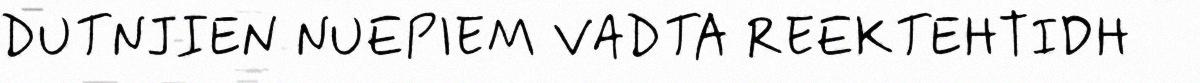
DUTNJIEN NUEPIEM VADTA REEKTEHTIDH